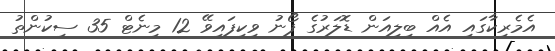
އެމެރިކާގައި އެއް ބިލިއަން ޑޮލަރުގެ ފޯނު ވިކިފައިވޭ 12 މިނެޓް 35 ސިކުންތު